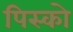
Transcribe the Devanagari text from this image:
पिस्को